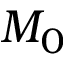
M _ { 0 }